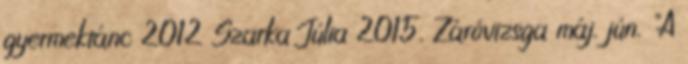
gyermektánc 2012 Szarka Júlia 2015. Záróvizsga máj. jún. "A